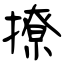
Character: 撩